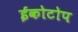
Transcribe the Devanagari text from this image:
ईकोटोप